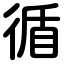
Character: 循